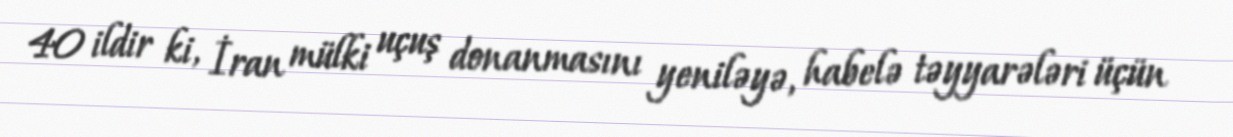
40 ildir ki, İran mülki uçuş donanmasını yeniləyə, habelə təyyarələri üçün